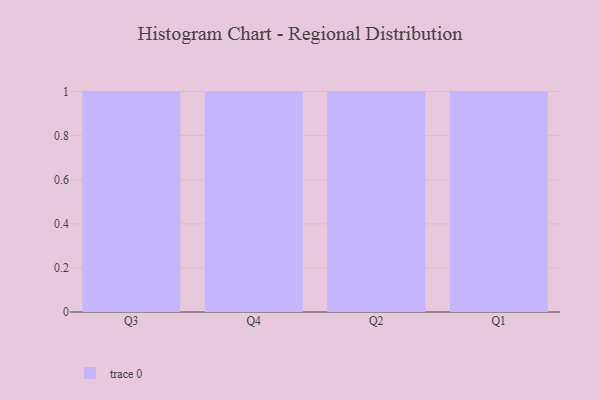
{"axis": {"x": "Quarter", "y": "Operating Costs (USD K)"}, "legend": [""], "data": [{"x": "Q3", "y": 74, "type": ""}, {"x": "Q4", "y": 87, "type": ""}, {"x": "Q2", "y": 87, "type": ""}, {"x": "Q1", "y": 10, "type": ""}]}